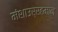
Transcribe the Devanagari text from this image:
मंशाउर्रहमान